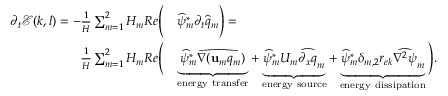
\begin{array} { r l } { \partial _ { t } \mathcal { E } ( k , l ) = - \frac { 1 } { H } \sum _ { m = 1 } ^ { 2 } H _ { m } R e \Bigg ( } & { \widehat { \psi } _ { m } ^ { * } \partial _ { t } \widehat { q } _ { m } \Bigg ) = } \\ { \frac { 1 } { H } \sum _ { m = 1 } ^ { 2 } H _ { m } R e \Bigg ( } & { \underbrace { \widehat { \psi } _ { m } ^ { * } \widehat { \nabla ( \mathbf { u } _ { m } q _ { m } } ) } _ { \mathrm { e n e r g y ~ t r a n s f e r } } + \underbrace { \widehat { \psi } _ { m } ^ { * } U _ { m } \widehat { \partial _ { x } q } _ { m } } _ { \mathrm { e n e r g y ~ s o u r c e } } + \underbrace { \widehat { \psi } _ { m } ^ { * } \delta _ { m , 2 } r _ { e k } \widehat { \nabla ^ { 2 } \psi } _ { m } } _ { \mathrm { e n e r g y ~ d i s s i p a t i o n } } \Bigg ) . } \end{array}